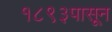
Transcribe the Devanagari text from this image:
१८९३पासून